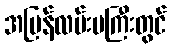
အမြန်လမ်းမကြီးတွင်